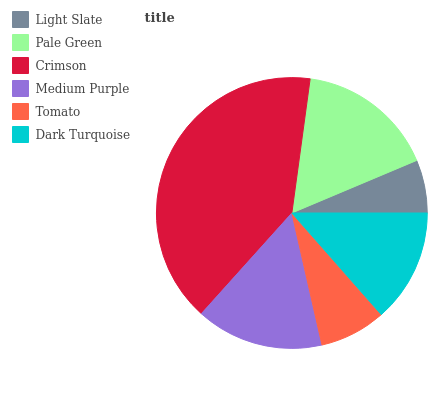
| Light Slate | Pale Green | Crimson | Medium Purple | Tomato | Dark Turquoise |
 | --- | --- | --- | --- | --- | --- |
 | 6.34% | 16.6% | 40.4% | 15.2% | 7.91% | 13.5% |